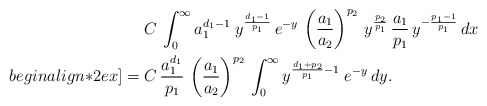
\begin{align*} & C \, \int_{0}^{\infty} a_1^{d_1 -1} \; y^{\frac{d_1-1}{p_1}} \, e^{-y} \, \left( \frac{a_1}{a_2} \right)^{p_2} \, y^{\frac{p_2}{p_1}} \, \frac{a_1}{p_1} \, y^{-\frac{p_1-1}{p_1}} \, dx \\begin{align*}2ex]= \; & C \, \frac{a_1^{d_1}}{p_1} \, \left( \frac{a_1}{a_2} \right)^{p_2} \, \int_{0}^{\infty} y^{\frac{d_1 + p_2}{p_1} - 1} \; e^{-y} \, dy.\end{align*}